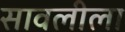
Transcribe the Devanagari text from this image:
सावलीला